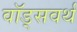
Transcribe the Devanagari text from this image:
वॉड्सवर्थ